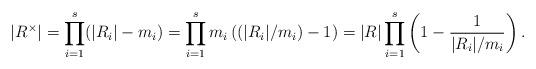
LaTeX: \begin{align*}|R^\times|=\prod_{i=1}^s(|R_i|-m_i)=\prod_{i=1}^s m_i \left((|R_{i}|/m_{i})-1\right)=|R|\prod_{i=1}^s\left(1-\frac{1}{|R_i|/m_i}\right).\end{align*}